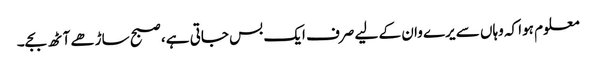
معلوم ہوا کہ وہاں سے یرے وان کے لیے صرف ایک بس جاتی ہے، صبح ساڑھے آٹھ بجے۔